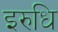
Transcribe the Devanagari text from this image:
इरुधि